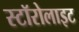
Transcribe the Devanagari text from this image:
स्टॉरोलाइट